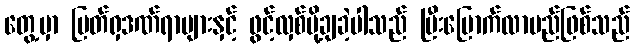
တွေ့မှာ ပြတ်ရှဒဏ်ရာများနှင့် ဖွင့်လှစ်ပို့ချခဲ့ပါသည် ပြီးမြောက်လာမည်ဖြစ်သည်